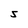
Character: S